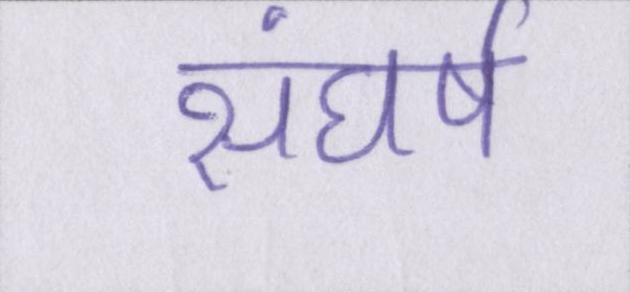
संघर्ष